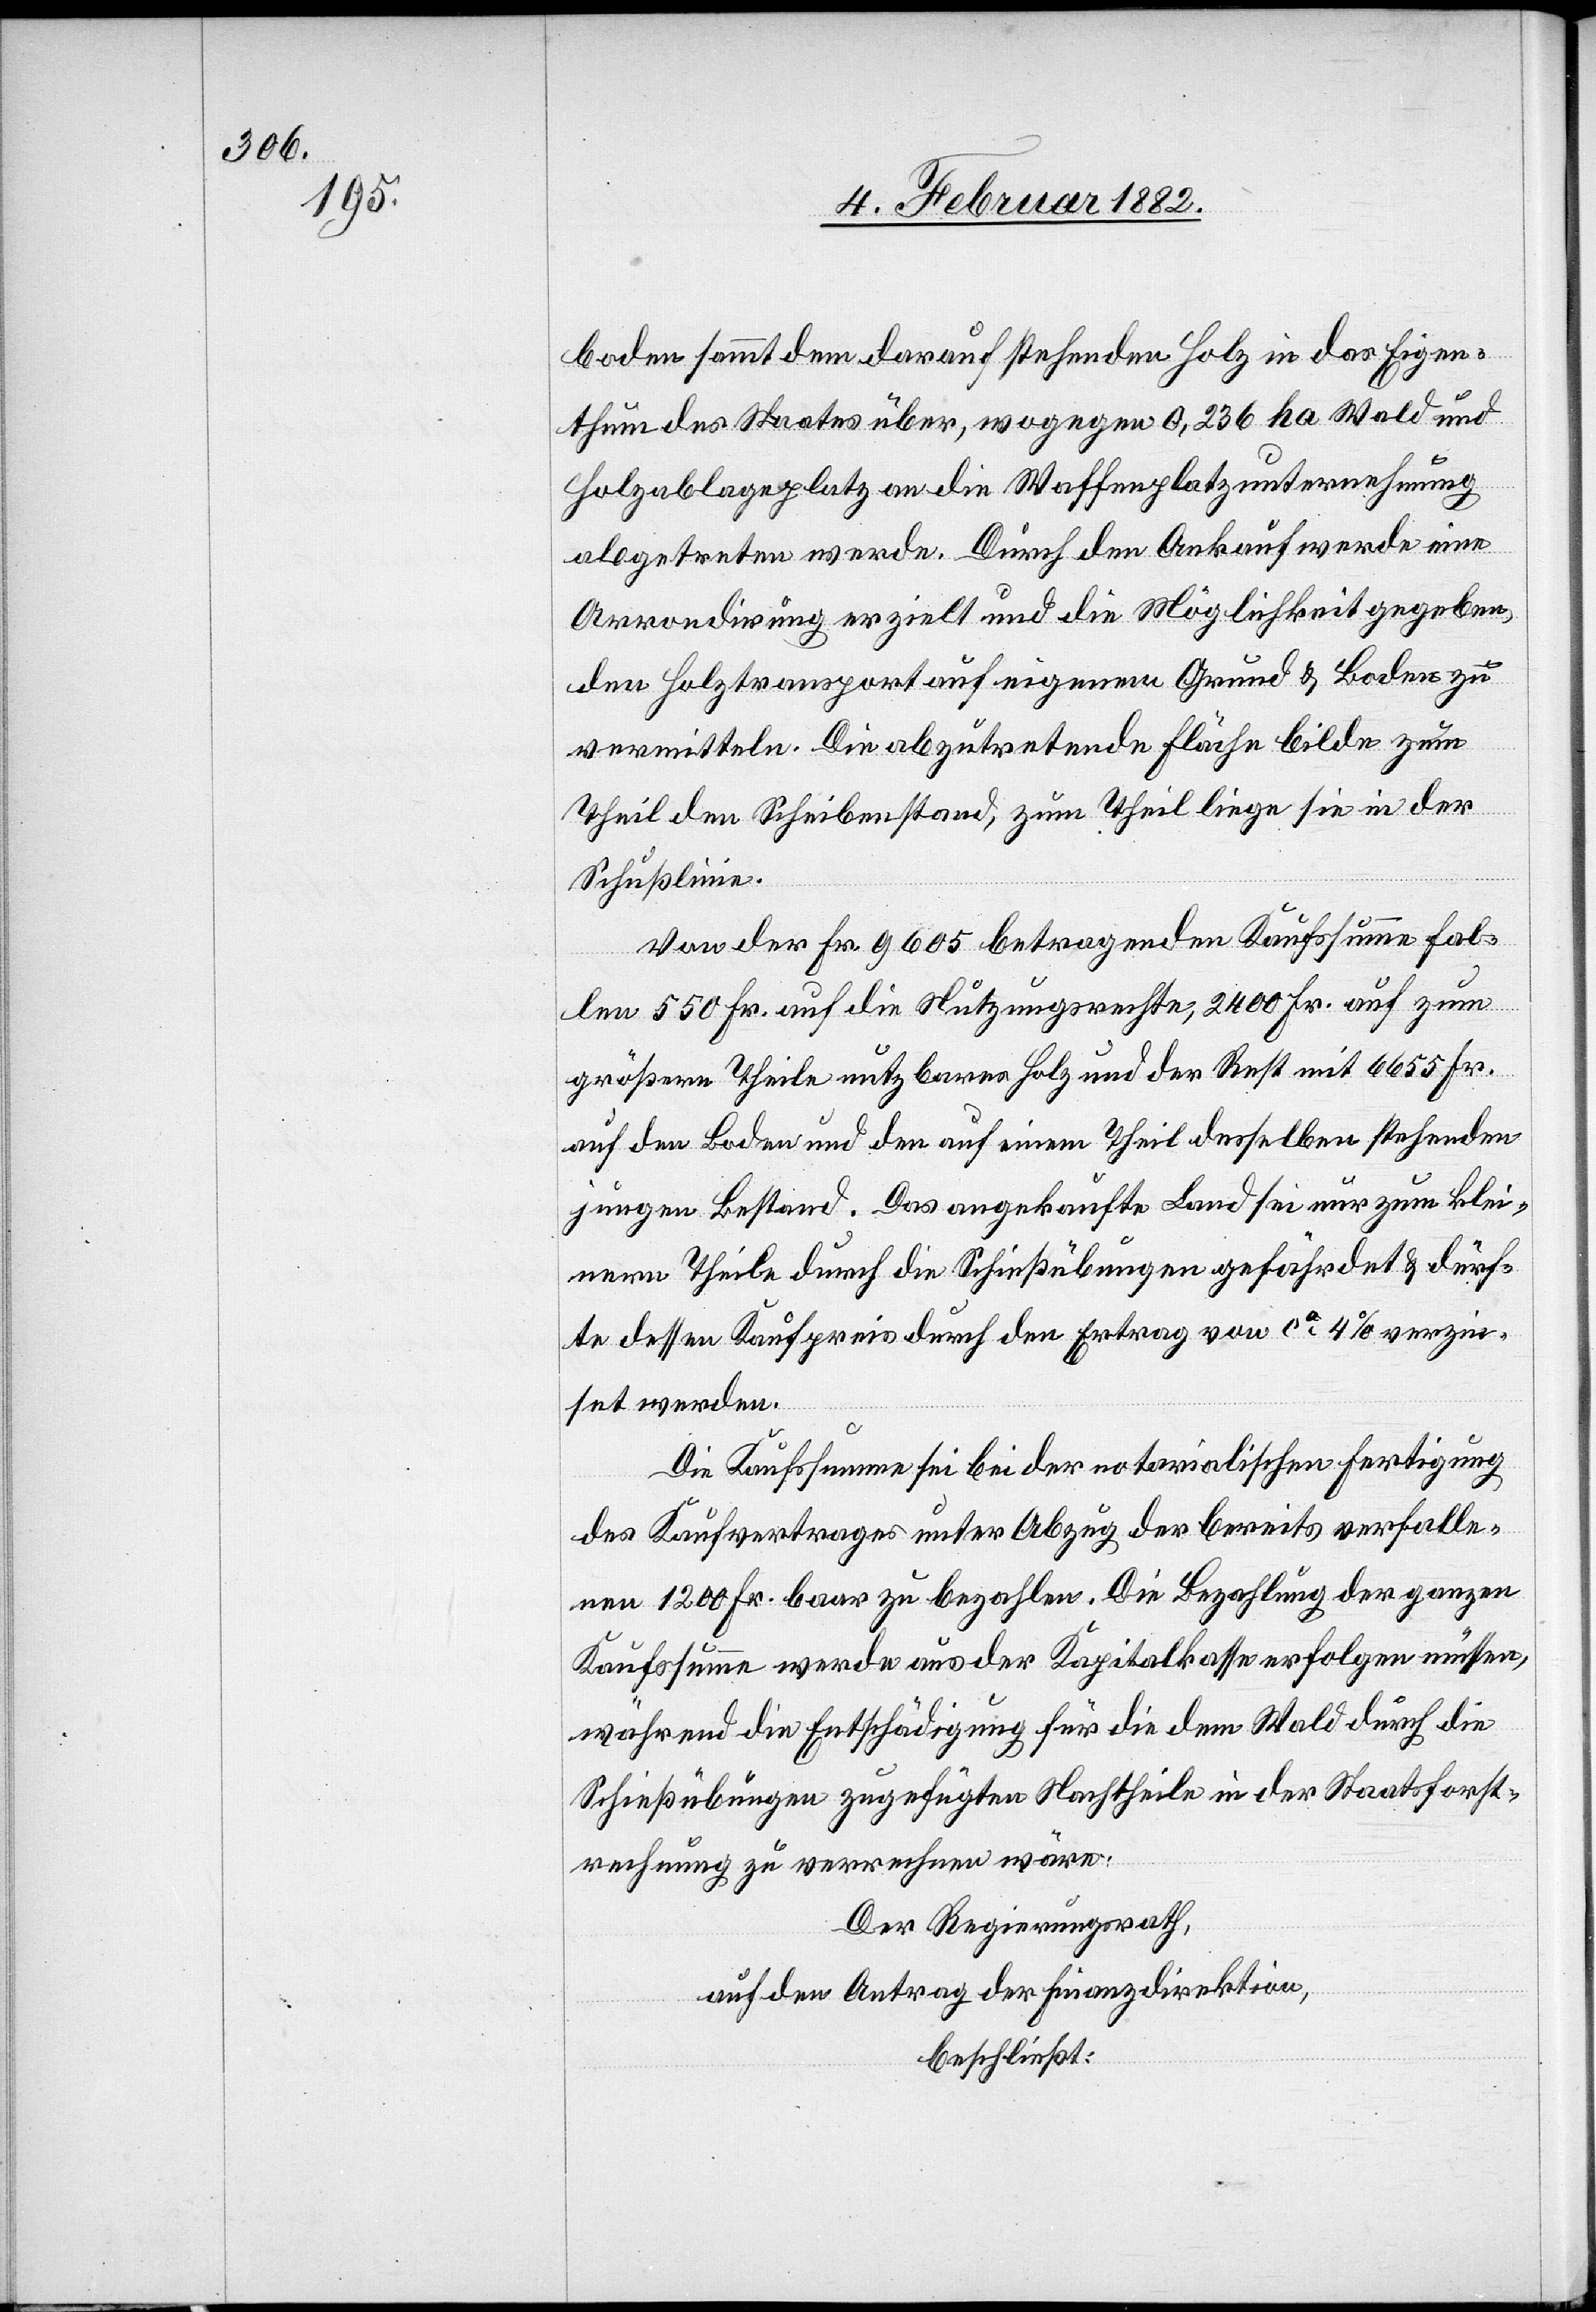
boden sammt dem darauf stehenden Holz in das Eigen¬
thum des Staates über, wogegen 0,236 ha Wald und
Holzablageplatz an die Waffenplatzunternehmung
abgetreten werde. Durch den Ankauf werde eine
Arrondierung erzielt und die Möglichkeit gegeben,
den Holztransport auf eigenen Grund & Boden zu
vermitteln. Die abzutretenden Fläche bilde zum
Theil den Scheibenstand, zum Theil liege sie in der
Schußlinie.
Von der Fr. 9605 betragenden Kaufsumme fal¬
len 550 Fr. auf die Nutzungsrechte, 2400 Fr. auf zum
größeren Theile nutzbares Holz und der Rest mit 6655 Fr.
auf den Boden und den auf einen Theil desselben stehenden
jüngeren Bestand. Das angekaufte Land sei nur zum klei¬
neren Theile durch die Schießübungen gefördert & dürf¬
te dessen Kaufpreis durch den Ertrag von ca 4% verzin¬
st werden.
Die Kaufsumme sei bei der notarialischen Fertigung
des Kaufvertrages unter Abzug der bereits verfalle¬
nen 1200 Fr. baar zu bezahlen. Die Bezahlung der ganzen
Kaufsumme werde aus der Kapitalkasse erfolgen müssen,
während die Entschädigung für die dem Wald durch die
Schießübungen zugefügten Nachtheile in der Staatsforst¬
rechnung zu verrechnen wäre.
Der Regierungsrath,
auf den Antrag der Finanzdirektion,
beschließt: